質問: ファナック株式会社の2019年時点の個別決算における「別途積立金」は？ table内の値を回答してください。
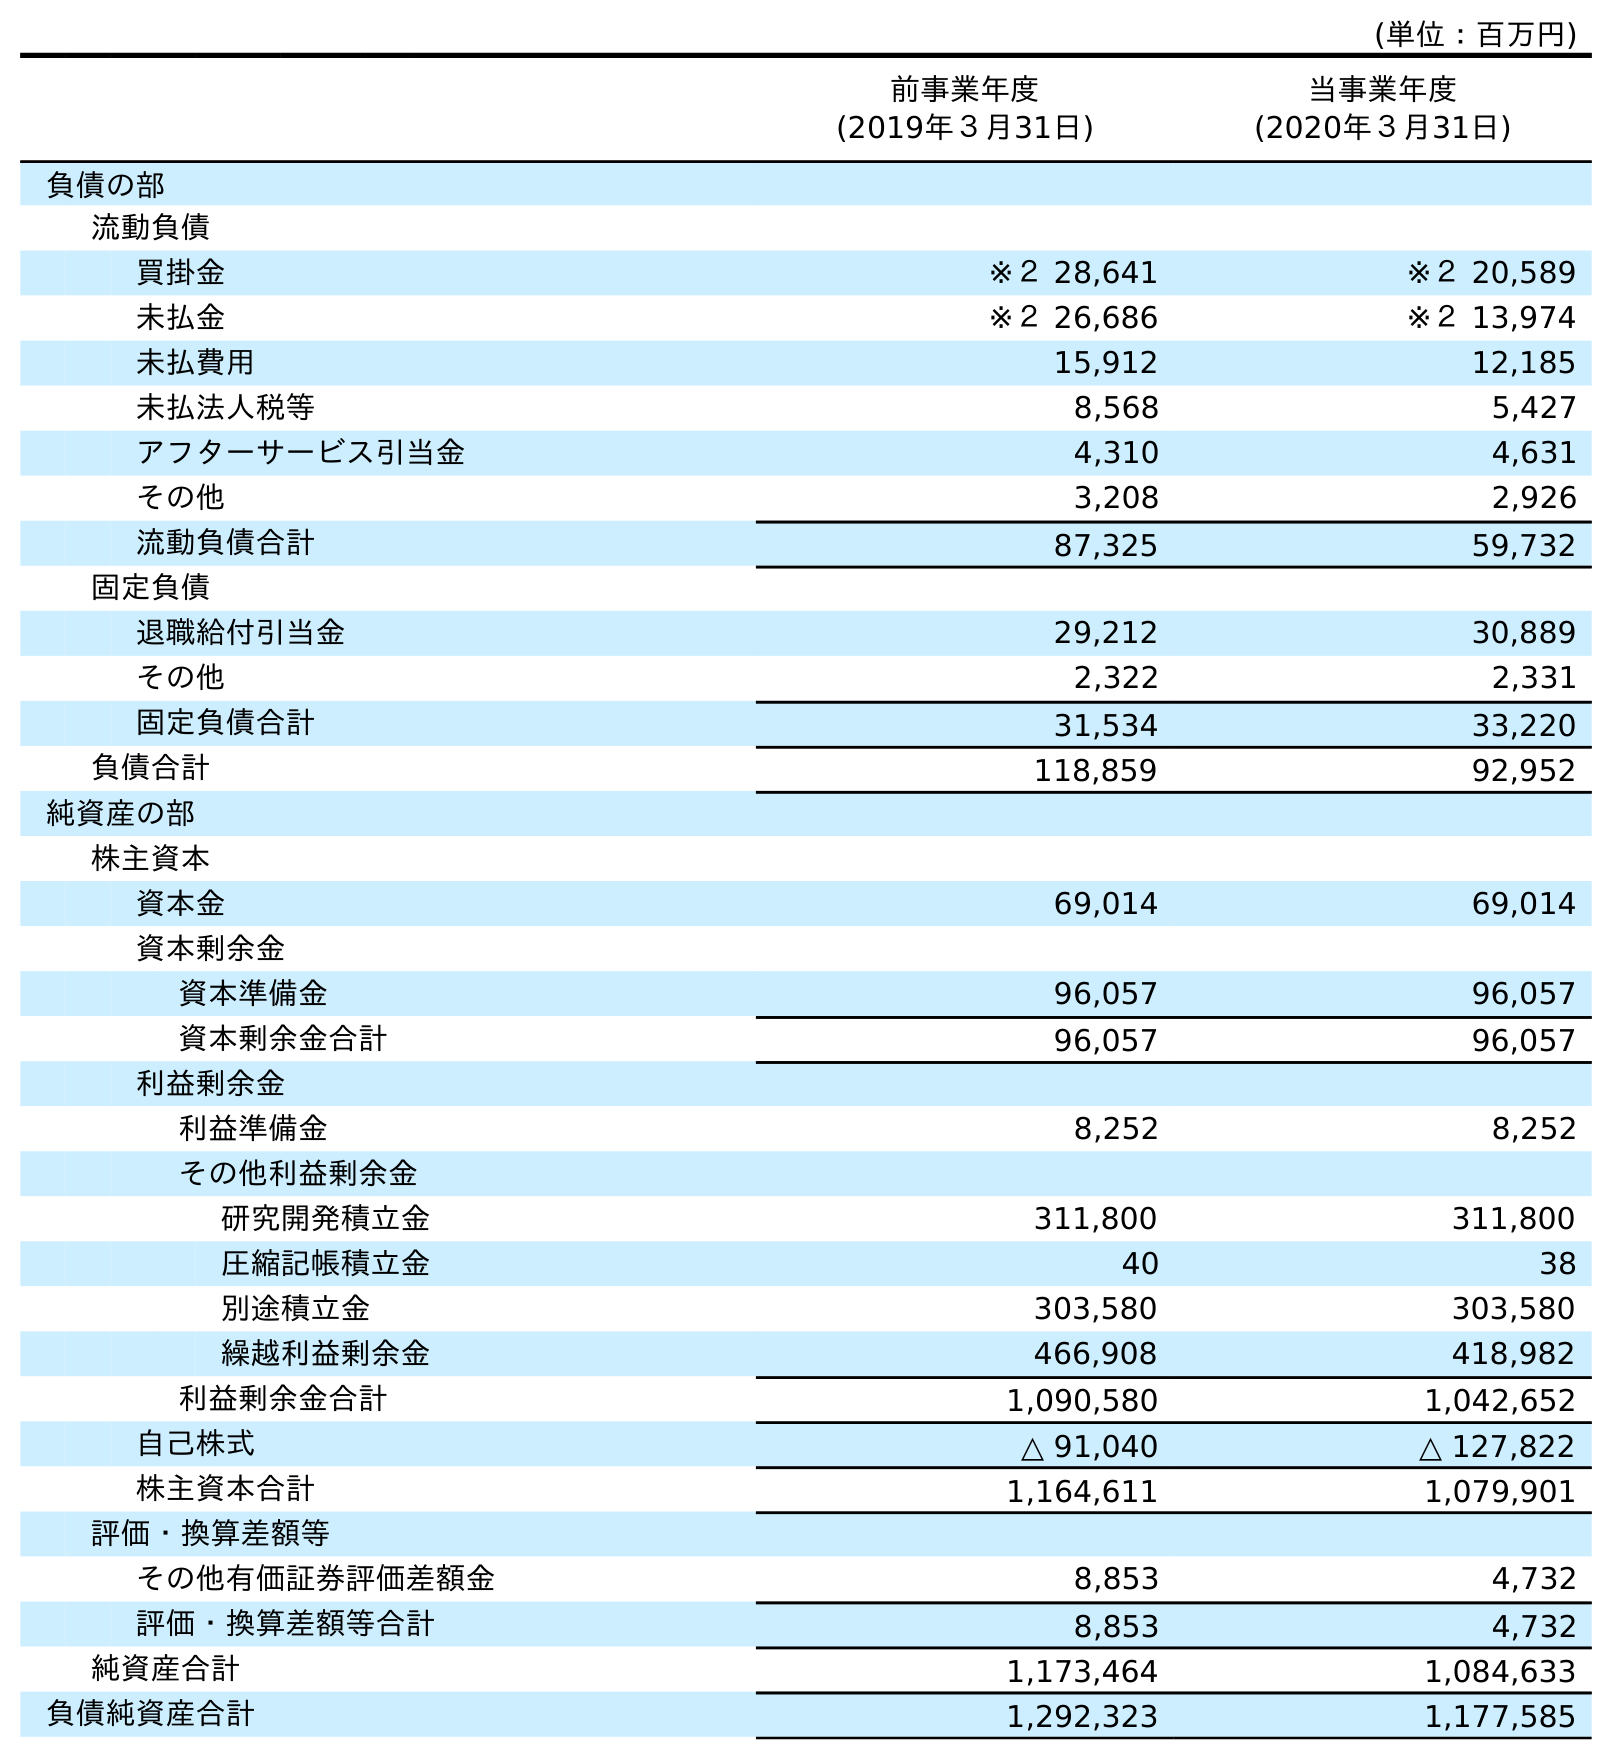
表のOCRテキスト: (単位：百万円) 前事業年度 (2019年３月31日) 当事業年度 (2020年３月31日) 負債の部 流動負債 買掛金 ※２ 28,641 ※２ 20,589 未払金 ※２ 26,686 ※２ 13,974 未払費用 15,912 12,185 未払法人税等 8,568 5,427 アフターサービス引当金 4,310 4,631 その他 3,208 2,926 流動負債合計 87,325 59,732 固定負債 退職給付引当金 29,212 30,889 その他 2,322 2,331 固定負債合計 31,534 33,220 負債合計 118,859 92,952 純資産の部 株主資本 資本金 69,014 69,014 資本剰余金 資本準備金 96,057 96,057 資本剰余金合計 96,057 96,057 利益剰余金 利益準備金 8,252 8,252 その他利益剰余金 研究開発積立金 311,800 311,800 圧縮記帳積立金 40 38 別途積立金 303,580 303,580 繰越利益剰余金 466,908 418,982 利益剰余金合計 1,090,580 1,042,652 自己株式 △ 91,040 △ 127,822 株主資本合計 1,164,611 1,079,901 評価・換算差額等 その他有価証券評価差額金 8,853 4,732 評価・換算差額等合計 8,853 4,732 純資産合計 1,173,464 1,084,633 負債純資産合計 1,292,323 1,177,585
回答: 303,580